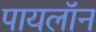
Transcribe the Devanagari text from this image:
पायलॉन